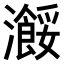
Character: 𤃠